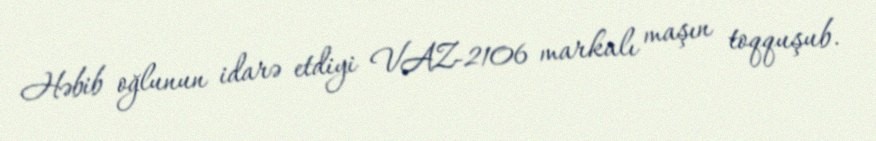
Həbib oğlunun idarə etdiyi VAZ-2106 markalı maşın toqquşub.